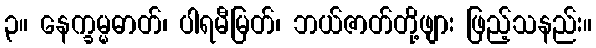
၃။ နေက္ခမ္မဓာတ်၊ ပါရမီမြတ်၊ ဘယ်ဇာတ်တို့ဖျား ဖြည့်သနည်း။